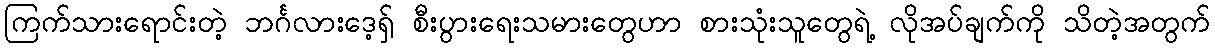
ကြက်သားရောင်းတဲ့ ဘင်္ဂလားဒေ့ရှ် စီးပွားရေးသမားတွေဟာ စားသုံးသူတွေရဲ့ လိုအပ်ချက်ကို သိတဲ့အတွက်